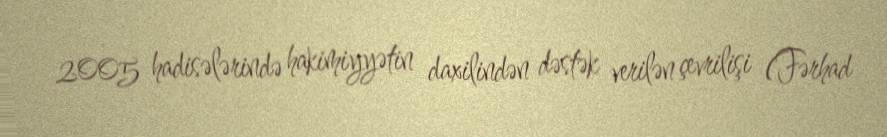
2005 hadisələrində hakimiyyətin daxilindən dəstək verilən çevrilişi (Fərhad